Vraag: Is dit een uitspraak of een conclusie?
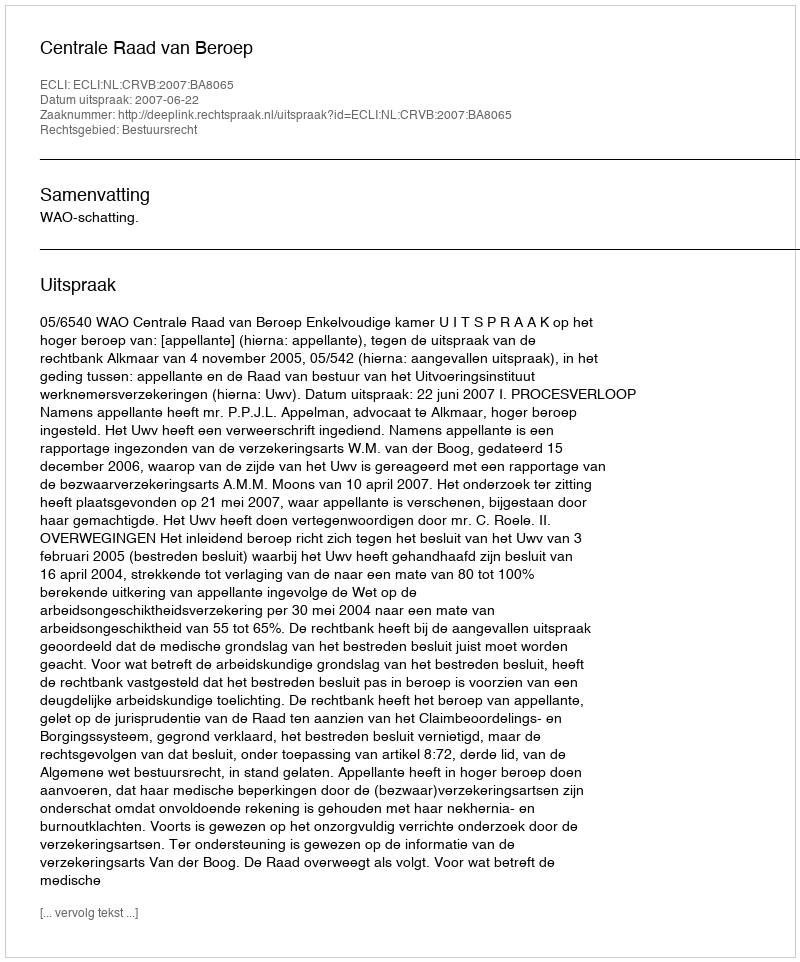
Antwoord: Uitspraak